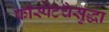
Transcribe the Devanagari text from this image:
फॉस्पेटचेसुद्धा